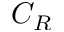
C _ { R }